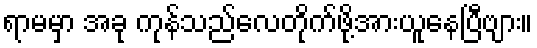
ရာမမှာ အခု ကုန်သည်လေတိုက်ဖို့အားယူနေပြီဗျား။